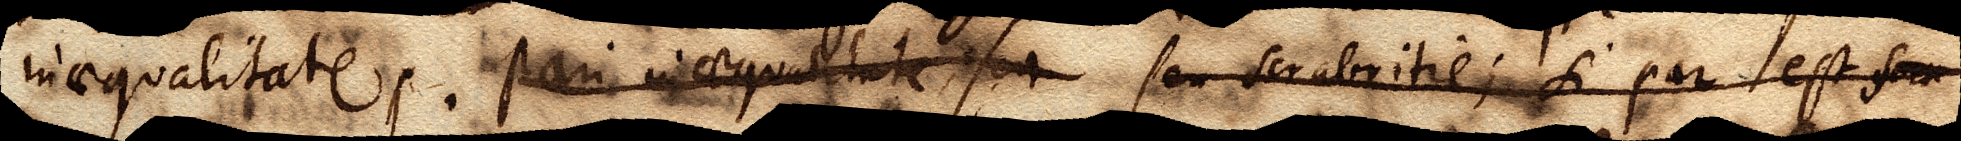
inaequalitate. Pari inaequalitate, seu seu scabritie; si par est seu